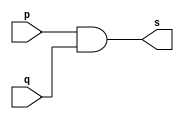
// -------------------------
// Exemplo0003 - AND 
// Nome: Thaise Souto Martins
// ------------------------- 
 
// ------------------------- 
// -- and gate 
// ------------------------- 
module andgate ( output s,  
                               input  p,  
                               input  q); 
 assign s = p & q; 
endmodule // andgate 
 
// --------------------- 
// -- test and gate 
// --------------------- 
module testandgate; 
// ------------------------- dados locais 
   reg   a, b; // definir registradores 
   wire  s;    // definir conexao (fio) 
// ------------------------- instancia 
   andgate AND1 (s, a, b); 
// ------------------------- preparacao 
   initial begin:start 
      a=0; b=0; 
   end 
  
// ------------------------- parte principal 
 
   initial begin 
      $display("Exemplo0003 - Thaise Souto Martins - 395504"); 
      $display("Test AND gate"); 
      $display("\na & b = s\n"); 
      a=0; b=0; 
  #1  $display("%b & %b = %b", a, b, s); 
      a=0; b=1; 
  #1  $display("%b & %b = %b", a, b, s); 
      a=1; b=0; 
  #1  $display("%b & %b = %b", a, b, s); 
      a=1; b=1; 
  #1  $display("%b & %b = %b", a, b, s); 
 end 
 
endmodule // testandgate 
// Sadas
    // Test AND gate
    // 
    // a & b = s
    // 
    // 0 & 0 = 0
    // 0 & 1 = 0
    // 1 & 0 = 0
    // 1 & 1 = 1